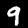
Digit: 9